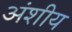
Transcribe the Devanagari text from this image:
अंशीय